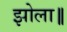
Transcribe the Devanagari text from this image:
झोला॥